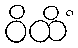
ဝိထိံ